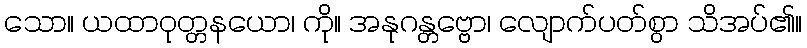
သော။ ယထာဝုတ္တနယော၊ ကို။ အနုဂန္တဗ္ဗော၊ လျောက်ပတ်စွာ သိအပ်၏။